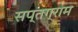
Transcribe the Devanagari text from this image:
सप्तग्राम